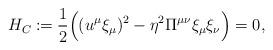
LaTeX: \begin{align*} H_C\coloneqq\frac{1}{2}\Big((u^\mu\xi_\mu)^2-\eta^2\Pi^{\mu\nu}\xi_\mu\xi_\nu\Big)=0,\end{align*}